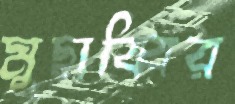
মুছাব্বির